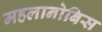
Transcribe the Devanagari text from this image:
महलानोबिस